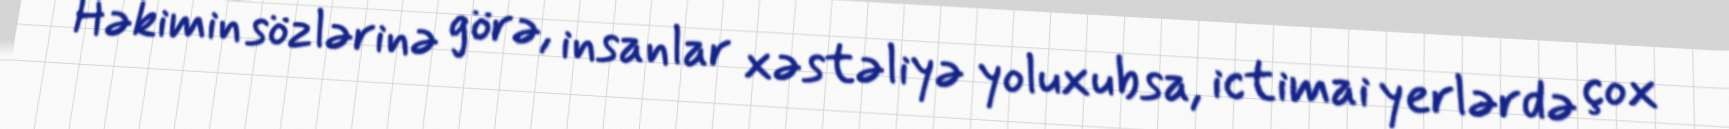
Həkimin sözlərinə görə, insanlar xəstəliyə yoluxubsa, ictimai yerlərdə çox